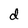
Character: d